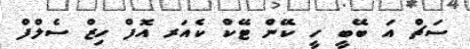
ސަޗް އަ ބޭބީ ހީ ކޭން ޓޭކް ކެއަރ އޮފް ހިޒް ސެލްފް